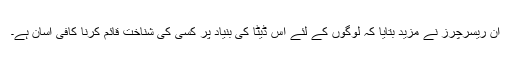
ان ریسرچرز نے مزید بتایا کہ لوگوں کے لئے اس ڈیٹا کی بنیاد پر کسی کی شناخت قائم کرنا کافی آسان ہے۔